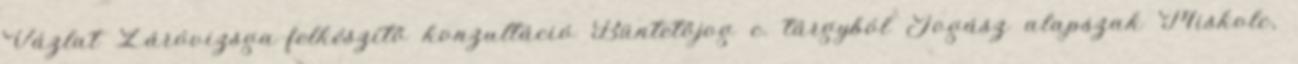
Vázlat Záróvizsga-felkészítő konzultáció Büntetőjog c. tárgyból Jogász alapszak Miskolc,